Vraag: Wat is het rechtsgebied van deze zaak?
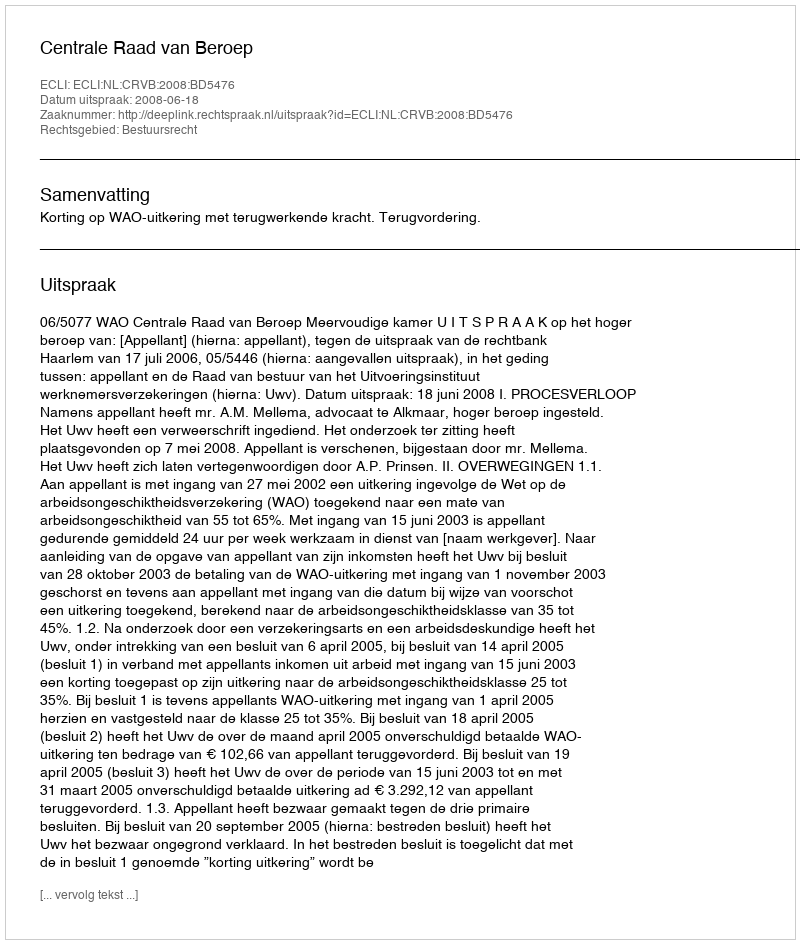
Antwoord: Bestuursrecht